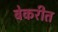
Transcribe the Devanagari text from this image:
बेकरीत